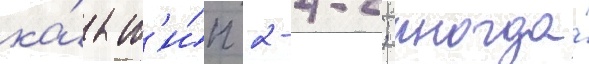
ка́к т'и́п 2-4-2; иногда́